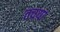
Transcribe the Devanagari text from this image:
तच्या